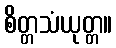
စိတ္တသံယုတ္တ။